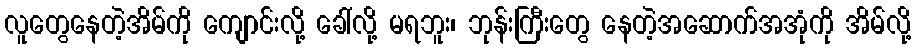
လူတွေနေတဲ့အိမ်ကို ကျောင်းလို့ ခေါ်လို့ မရဘူး၊ ဘုန်းကြီးတွေ နေတဲ့အဆောက်အအုံကို အိမ်လို့